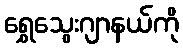
ရွှေသွေးဂျာနယ်ကို